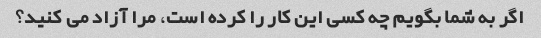
اگر به شما بگویم چه کسی این کار را کرده است، مرا آزاد می کنید؟